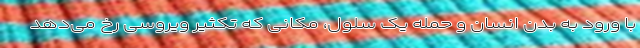
با ورود به بدن انسان و حمله یک سلول، مکانی که تکثیر ویروسی رخ می‌دهد